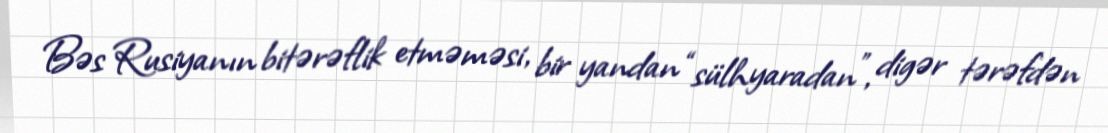
Bəs Rusiyanın bitərəflik etməməsi, bir yandan “sülhyaradan”, digər tərəfdən